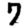
Digit: 7